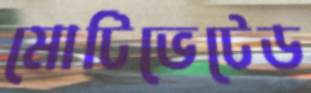
মোটিভেটেড